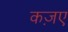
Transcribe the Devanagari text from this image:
कज़ए